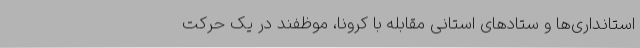
استانداری‌ها و ستادهای استانی مقابله با کرونا، موظفند در یک حرکت